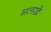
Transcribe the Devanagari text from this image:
मलखे